Bombay plague: being a history of the progress of plague in the Bombay presidency from September 1896 to June 1899
Year: 1896
Disease focus: Plague
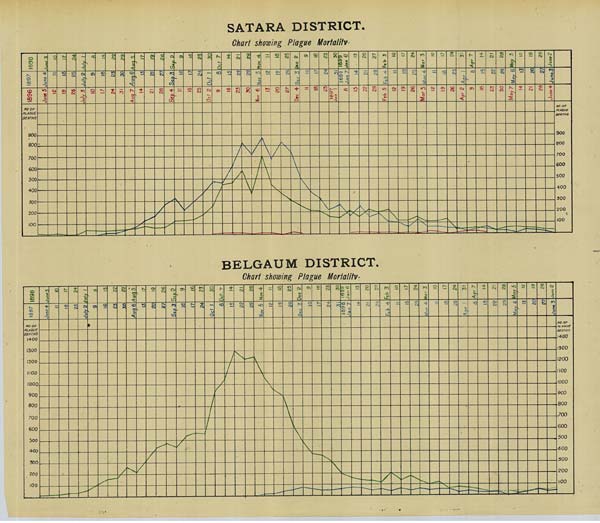
SATARA DISTRICT.
Chart showing Plague Mortality.
BELGAUM DISTRICT.
Chart showing Plague Mortality.